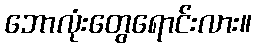
ဘောလုံးတွေရောင်းလား။